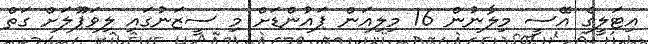
އިޓަލީގެ އޭސީ މިލާނުން 16 މިލިއަން ޕައުންޑަށް މި ސީޒަނުގައި ލިވަޕޫލަށް ގަތް